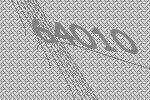
64010